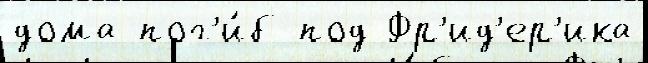
дома пог'и́б под Фр'ид'ер'ика